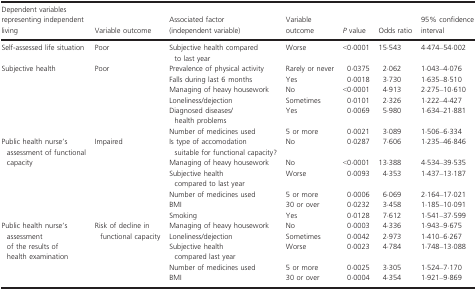
<table><thead><tr><td><b>Dependent variables representing independent living</b></td><td><b>Variable outcome</b></td><td><b>Associated factor (independent variable)</b></td><td><b>Variable outcome</b></td><td><b><i>P</i> value</b></td><td><b>Odds ratio</b></td><td><b>95% confidence interval</b></td></tr></thead><tbody><tr><td>Self‐assessed life situation</td><td>Poor</td><td>Subjective health compared to last year</td><td>Worse</td><td>&lt;0·0001</td><td>15·543</td><td>4·474–54·002</td></tr><tr><td rowspan="6">Subjective health</td><td rowspan="6">Poor</td><td>Prevalence of physical activity</td><td>Rarely or never</td><td>0·0375</td><td>2·062</td><td>1·043–4·076</td></tr><tr><td>Falls during last 6 months</td><td>Yes</td><td>0·0018</td><td>3·730</td><td>1·635–8·510</td></tr><tr><td>Managing of heavy housework</td><td>No</td><td>&lt;0·0001</td><td>4·913</td><td>2·275–10·610</td></tr><tr><td>Loneliness/dejection</td><td>Sometimes</td><td>0·0101</td><td>2·326</td><td>1·222–4·427</td></tr><tr><td>Diagnosed diseases/health problems</td><td>Yes</td><td>0·0069</td><td>5·980</td><td>1·634–21·881</td></tr><tr><td>Number of medicines used</td><td>5 or more</td><td>0·0021</td><td>3·089</td><td>1·506–6·334</td></tr><tr><td rowspan="6">Public health nurse&#x27;s assessment of functional capacity</td><td rowspan="6">Impaired</td><td>Is type of accomodation suitable for functional capacity?</td><td>No</td><td>0·0287</td><td>7·606</td><td>1·235–46·846</td></tr><tr><td>Managing of heavy housework</td><td>No</td><td>&lt;0·0001</td><td>13·388</td><td>4·534–39·535</td></tr><tr><td>Subjective health compared to last year</td><td>Worse</td><td>0·0093</td><td>4·353</td><td>1·437–13·187</td></tr><tr><td>Number of medicines used</td><td>5 or more</td><td>0·0006</td><td>6·069</td><td>2·164–17·021</td></tr><tr><td>BMI</td><td>30 or over</td><td>0·0232</td><td>3·458</td><td>1·185–10·091</td></tr><tr><td>Smoking</td><td>Yes</td><td>0·0128</td><td>7·612</td><td>1·541–37·599</td></tr><tr><td rowspan="5">Public health nurse&#x27;s assessment of the results of health examination</td><td rowspan="5">Risk of decline in functional capacity</td><td>Managing of heavy housework</td><td>No</td><td>0·0003</td><td>4·336</td><td>1·943–9·675</td></tr><tr><td>Loneliness/dejection</td><td>Sometimes</td><td>0·0042</td><td>2·973</td><td>1·410–6·267</td></tr><tr><td>Subjective health compared last year</td><td>Worse</td><td>0·0023</td><td>4·784</td><td>1·748–13·088</td></tr><tr><td>Number of medicines used</td><td>5 or more</td><td>0·0025</td><td>3·305</td><td>1·524–7·170</td></tr><tr><td>BMI</td><td>30 or over</td><td>0·0004</td><td>4·354</td><td>1·921–9·869</td></tr></tbody></table>